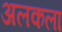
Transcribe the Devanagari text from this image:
अलकला